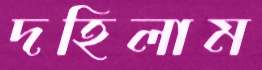
দহিলাম